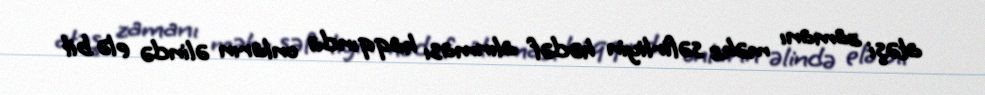
atəşi zamanı məhz səfirliyin hədəf alınması haqqında onların əlində elə bil